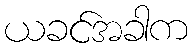
ယခင်အခါက